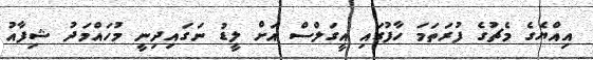
އިއްޔެގެ މެޗުގެ ފުރަތަމަ ހާފުގައި އީގަލްސް އަށް ލީޑު ނަގައިދިނީ މުހައްމަދު ޝިފާއު